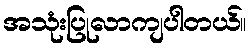
အသုံးပြုလာကျပါတယ်။